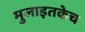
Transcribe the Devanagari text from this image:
मुलाइतकेच